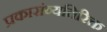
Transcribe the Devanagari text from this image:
प्रकारांव्यतिरिक्त